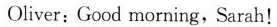
Oliver:Good morning,Sarah!